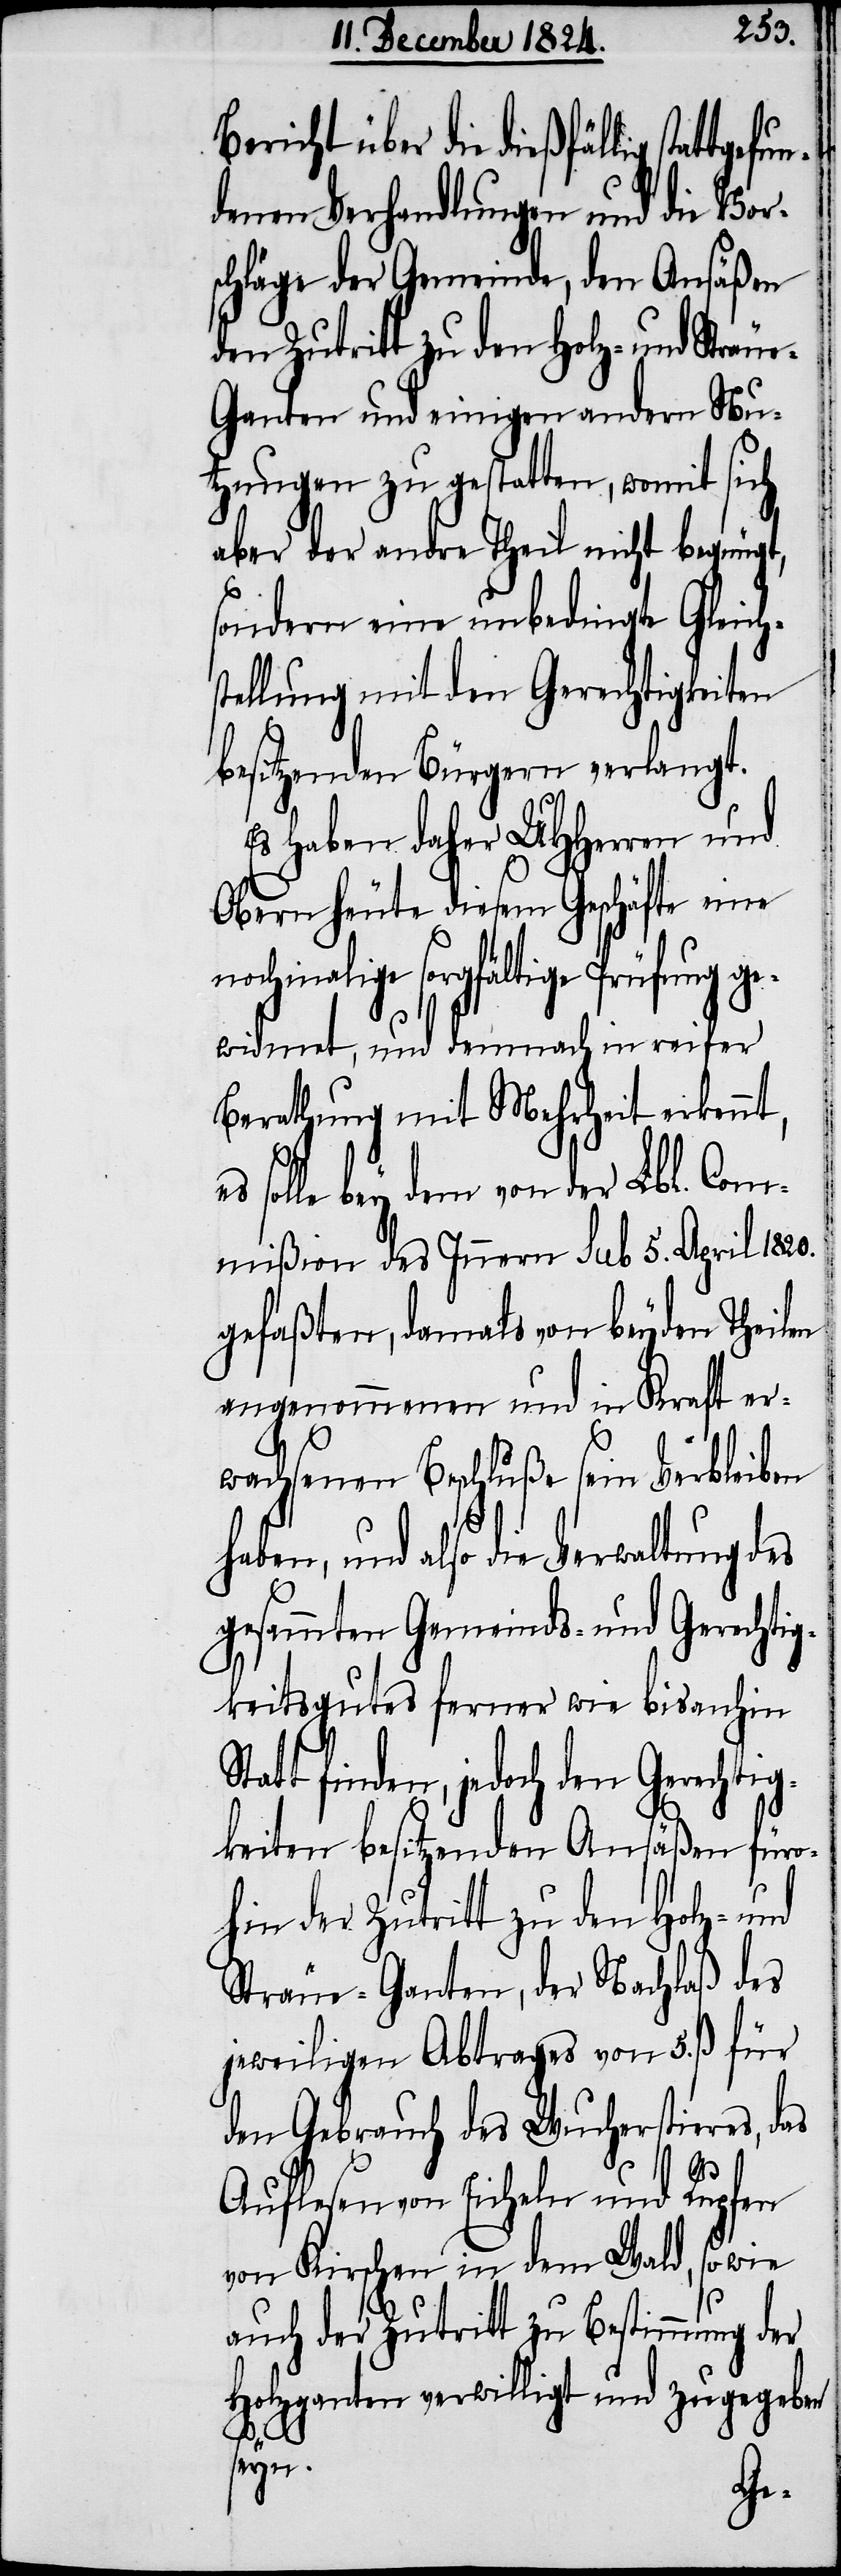
Bericht über die dießfällig statt¬
denen Verhandlungen und die Vor¬
schläge der Gemeinde, den Ansäßen
den Zutritt zu den Holz- und Streu¬
e-Ganten und einigen andern Nu¬
tzungen zu gestatten, womit sich
aber der andre Theil nicht begnügt,
sondern eine unbedingte Gleich¬
tellung mit den Gerechtigkeiten
besitzenden Bürgern verlangt.
Es haben daher UHHerren und
Obern heute diesem Geschäfte eine
nochmalige sorgfältige Prüfung g¬
ewidmet, und demnach in reifer
Berathung mit Mehrheit erkennt,
solle bey dem von der Lbl. Com¬
mißion des Innern sub 5. April 1820.
gefaßten, damals von beyden Theilen
angenommenen und in Kraft er¬
wachsenen Beschluße sein Verbleiben
haben, und also die Verwaltung des
gesammten Gemeinds- und Gerechtig¬
keitsgutes ferner wie bis anhin
tt finden, jedoch den Gerechtig¬
keiten besitzenden Ansäßen füro¬
hin der Zutritt zu den Holz- und
Sträue-Ganten, der Nachlaß des
jeweiligen Abtrages von 5. ß. für
den Gebrauch des Wucherstieres, das
s¬
Auflesen von Eicheln und Rupfen
von Kirschen in dem Wald, sowie
auch der Zutritt zu Bestimmung der
Holzganten verwilligt und zugegeben
seyn.
Sta¬